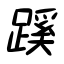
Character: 蹊